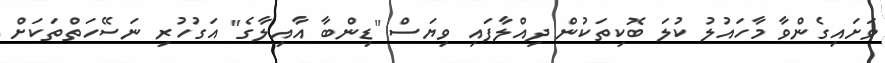
ވަށައިގެންވާ މާހައުލު ކުލަ ބޮކިތަކުން ދިއްލާފައި ވިޔަސް "ޑިންބާ އާއިލާގެ" އަގުހުރި ނަސޭހަތްތަކަށް